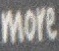
more